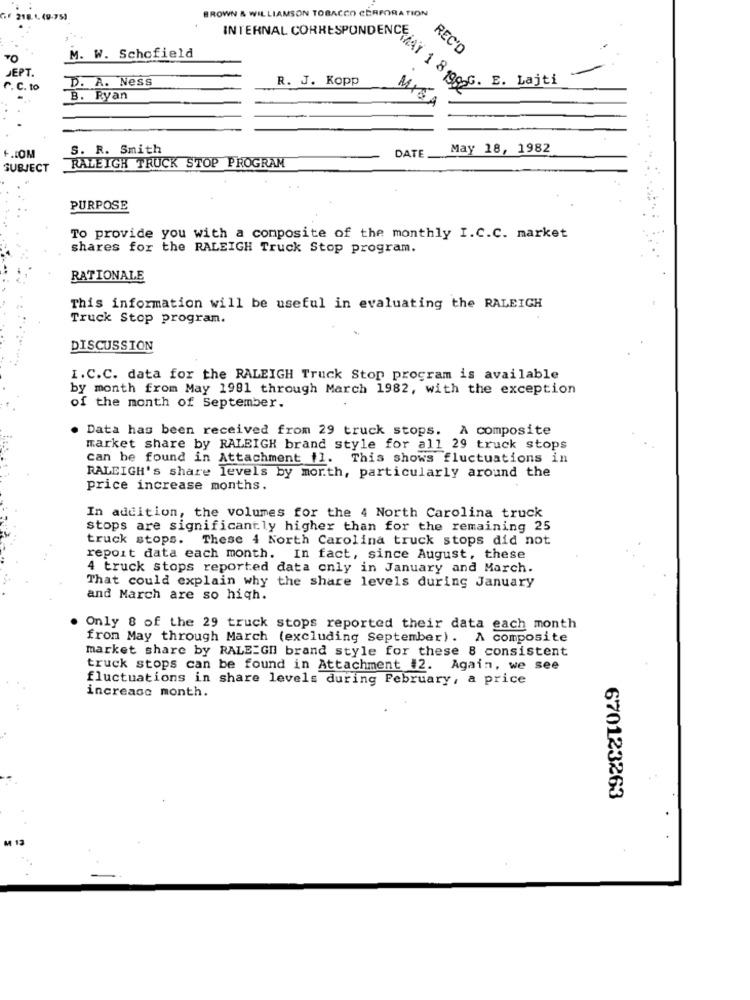
BROWN & WILLIAMSON TOBACCO CORPORATION
218.1. 49-75)
REC'D
M. W. Schofield
JEPT.
-
D. A. Ness
R. J. Kopp
r. C. to
CHAY 1 8 1982
B. Ryan
INTERNAL CORRESPON AY . La
S. R. Smith
May 18, 1982
+.COM
DATE
SUBJECT
RALEIGH TRUCK STOP PROGRAM
PURPOSE
To provide you with a composite of the monthly I.C.C. market
shares for the RALEIGH Truck Stop program.
RATIONALE
This information will be useful in evaluating the RALEIGH
Truck Stop program.
DISCUSSION
I.C.C. data for the RALEIGH Truck Stop program is available
by month from May 1981 through March 1982, with the exception
of the month of September.
Data has been received from 29 truck stops. A composite
market share by RALEIGH brand style for all 29 truck stops
can be found in Attachment il. This shows fluctuations in
RALEIGH's share levels by morth, particularly around the
price increase months.
In addition, the volumes for the 4 North Carolina truck
stops are significantly higher than for the remaining 25
truck stops. These 4 North Carolina truck stops did not
report data each month. In fact, since August, these
4 truck stops reported data only in January and March.
That could explain why the share levels during January
and March are so hiqh.
Only 8 of the 29 truck stops reported their data each month
from May through March (excluding September). A composite
market share by RALEIGH brand style for these 8 consistent
truck stops can be found in Attachment #2. Again, we see
fluctuations in share levels during February, a price
increase month.
670123263